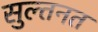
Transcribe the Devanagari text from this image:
सुल्तनत